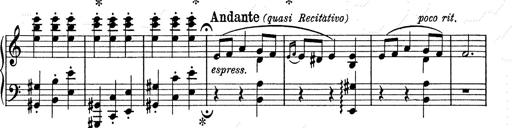
Title: 6 Polish Songs
Composer: Franz Liszt